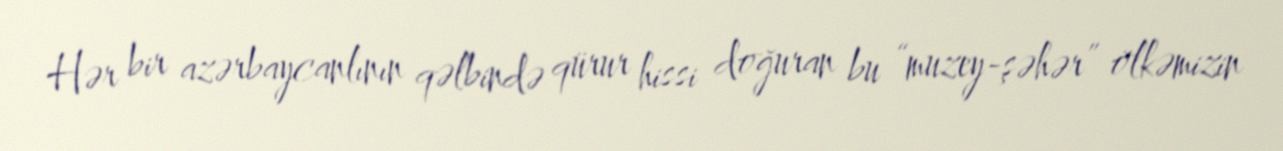
Hər bir azərbaycanlının qəlbində qürur hissi doğuran bu “muzey-şəhər” ölkəmizin